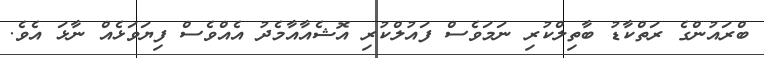
ބްރައުންގެ ރަތްކާޑު ބާތިލްކުރި ނަމަވެސް ފައުލްކުރި އޮޝެއާއާމެދު އެއްވެސް ފިޔަވަޅެއް ނާޅަ އެވެ.